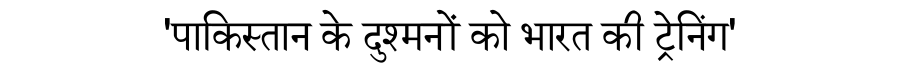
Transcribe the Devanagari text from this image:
'पाकिस्तान के दुश्मनों को भारत की ट्रेनिंग'